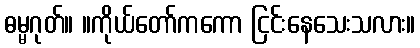
ဓမ္မဂုတ်။ ။ကိုယ်တော်ကကော ငြင်းနေသေးသလား။